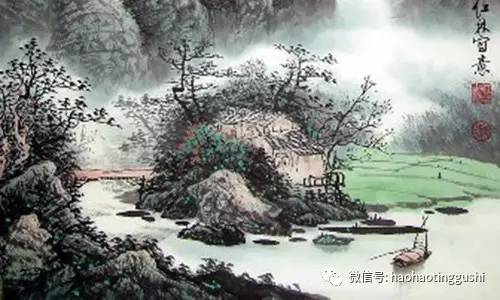
锦里烟尘外，江村八九家。